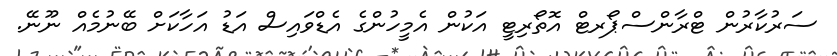
ސަރުކާރުން ޓްރާންސްޕޯރޓް އޮތޯރިޓީ އަކުން އެމީހުންގެ އެޑްވައިސް އަޑު އަހާކަށް ބޭނުމެއް ނޫނޭ.